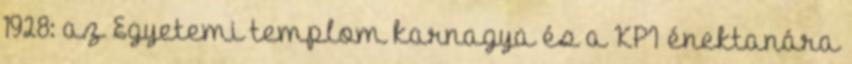
1928: az Egyetemi templom karnagya és a KPI énektanára